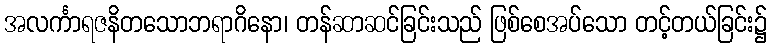
အလင်္ကာရဇနိတသောဘရာဂိနော၊ တန်ဆာဆင်ခြင်းသည် ဖြစ်စေအပ်သော တင့်တယ်ခြင်း၌